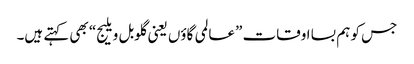
جس کو ہم بسا اوقات ”عالمی گاؤں یعنی گلوبل ویلیج“ بھی کہتے ہیں۔